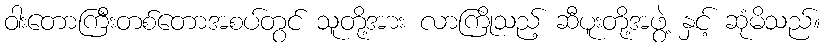
ဝါးတောကြီးတစ်တောအစပ်တွင် သူတို့အား လာကြိုသည့် ဆီပူးတို့အဖွဲ့ နှင့် ဆုံမိသည်။